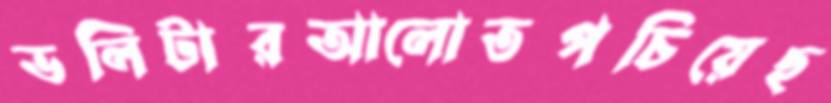
ভলিটারআলোতপচিয়েছ